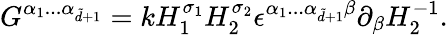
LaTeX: G^{\alpha_{1}...\alpha_{\tilde{d}+1}}=kH_{1}^{\sigma_{1}}H_{2}^{\sigma_{2}}\epsilon^{\alpha_{1}...\alpha_{\tilde{d}+1}\beta}\partial_{\beta}H_{2}^{-1}.